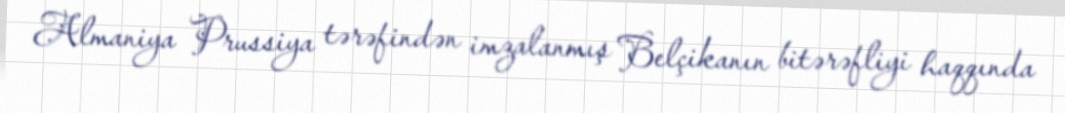
Almaniya Prussiya tərəfindən imzalanmış Belçikanın bitərəfliyi haqqında